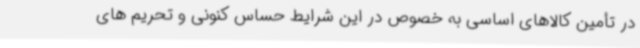
در تأمین کالاهای اساسی به خصوص در این شرایط حساس کنونی و تحریم های